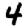
Digit: 4